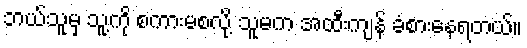
ဘယ်သူမှ သူ့ကို စကားမစလို့ သူမက အထီးကျန် ခံစားနေရတယ်။